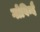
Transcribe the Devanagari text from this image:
गोविन्दै